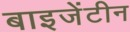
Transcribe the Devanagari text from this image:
बाइजेंटीन